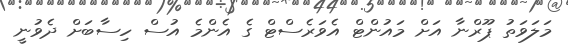
މަލަވަތު ޕޫރްނާ އަށް މައުންޓް އެވަރެސްޓް ގެ އެންމެ އުސް ހިސާބަށް ދެވުނީ